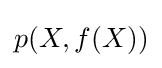
p(X,f(X))